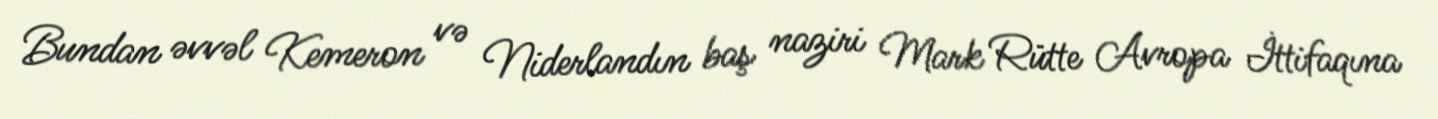
Bundan əvvəl Kemeron və Niderlandın baş naziri Mark Rütte Avropa İttifaqına